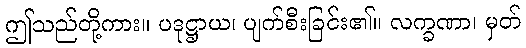
ဤသည်တို့ကား။ ပဒုဋ္ဌာယ၊ ပျက်စီးခြင်း၏။ လက္ခဏာ၊ မှတ်